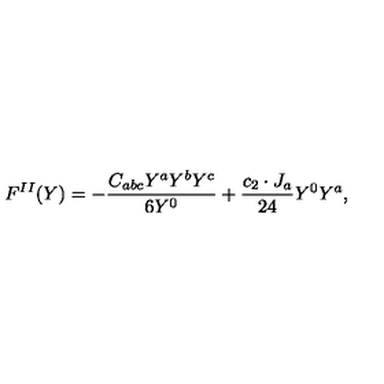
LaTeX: F ^ { I I } ( Y ) = - { \frac { C _ { a b c } Y ^ { a } Y ^ { b } Y ^ { c } } { 6 Y ^ { 0 } } } + { \frac { c _ { 2 } \cdot J _ { a } } { 2 4 } } Y ^ { 0 } Y ^ { a } ,